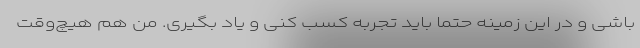
باشی و در این زمینه حتما باید تجربه کسب کنی و یاد بگیری. من هم هیچ‌وقت